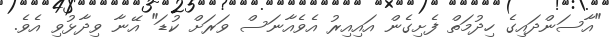
"އާސަންދައިގެ ހިދުމަތް ފެށިގެން އައިއިރު އެވެއާނަސް ވަރަށް ކުޑަ" އޭނާ ވިދާޅުވި އެވެ.